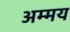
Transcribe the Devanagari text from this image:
अम्मय